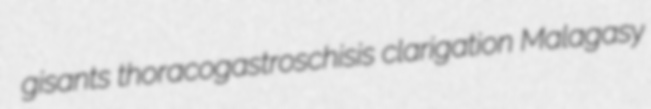
gisants thoracogastroschisis clarigation Malagasy